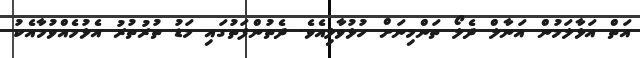
އަތް އަޅާލަމުން އަނާލް ދެލޯ ތަންމިނަށް ހުޅުވާލިއެވެ. ދެތުންފަތުގައި މަޑު ތުރުތުރު އެޅުމެއްވުމާއެކު